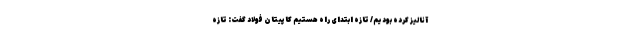
آنالیز کرده بودیم/ تازه ابتدای راه هستیم کاپیتان فولاد گفت: تازه